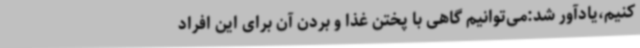
کنیم،یادآور شد:می‌توانیم گاهی با پختن غذا و بردن آن برای این افراد